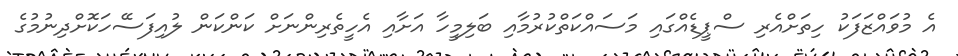
އެ މުވައްޒަފަކު ހިތަށްއެރި ސްޕީޑެއްގައި މަސައްކަތްކުރުމާއި ބަލިމީހާ އަށާއި އެހީތެރިންނަށް ކަންކަން ލުއިފަސޭހަކޮށްދިނުމުގެ